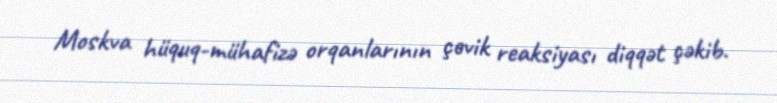
Moskva hüquq-mühafizə orqanlarının çevik reaksiyası diqqət çəkib.